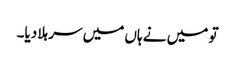
تو میں نے ہاں میں سر ہلا دیا۔